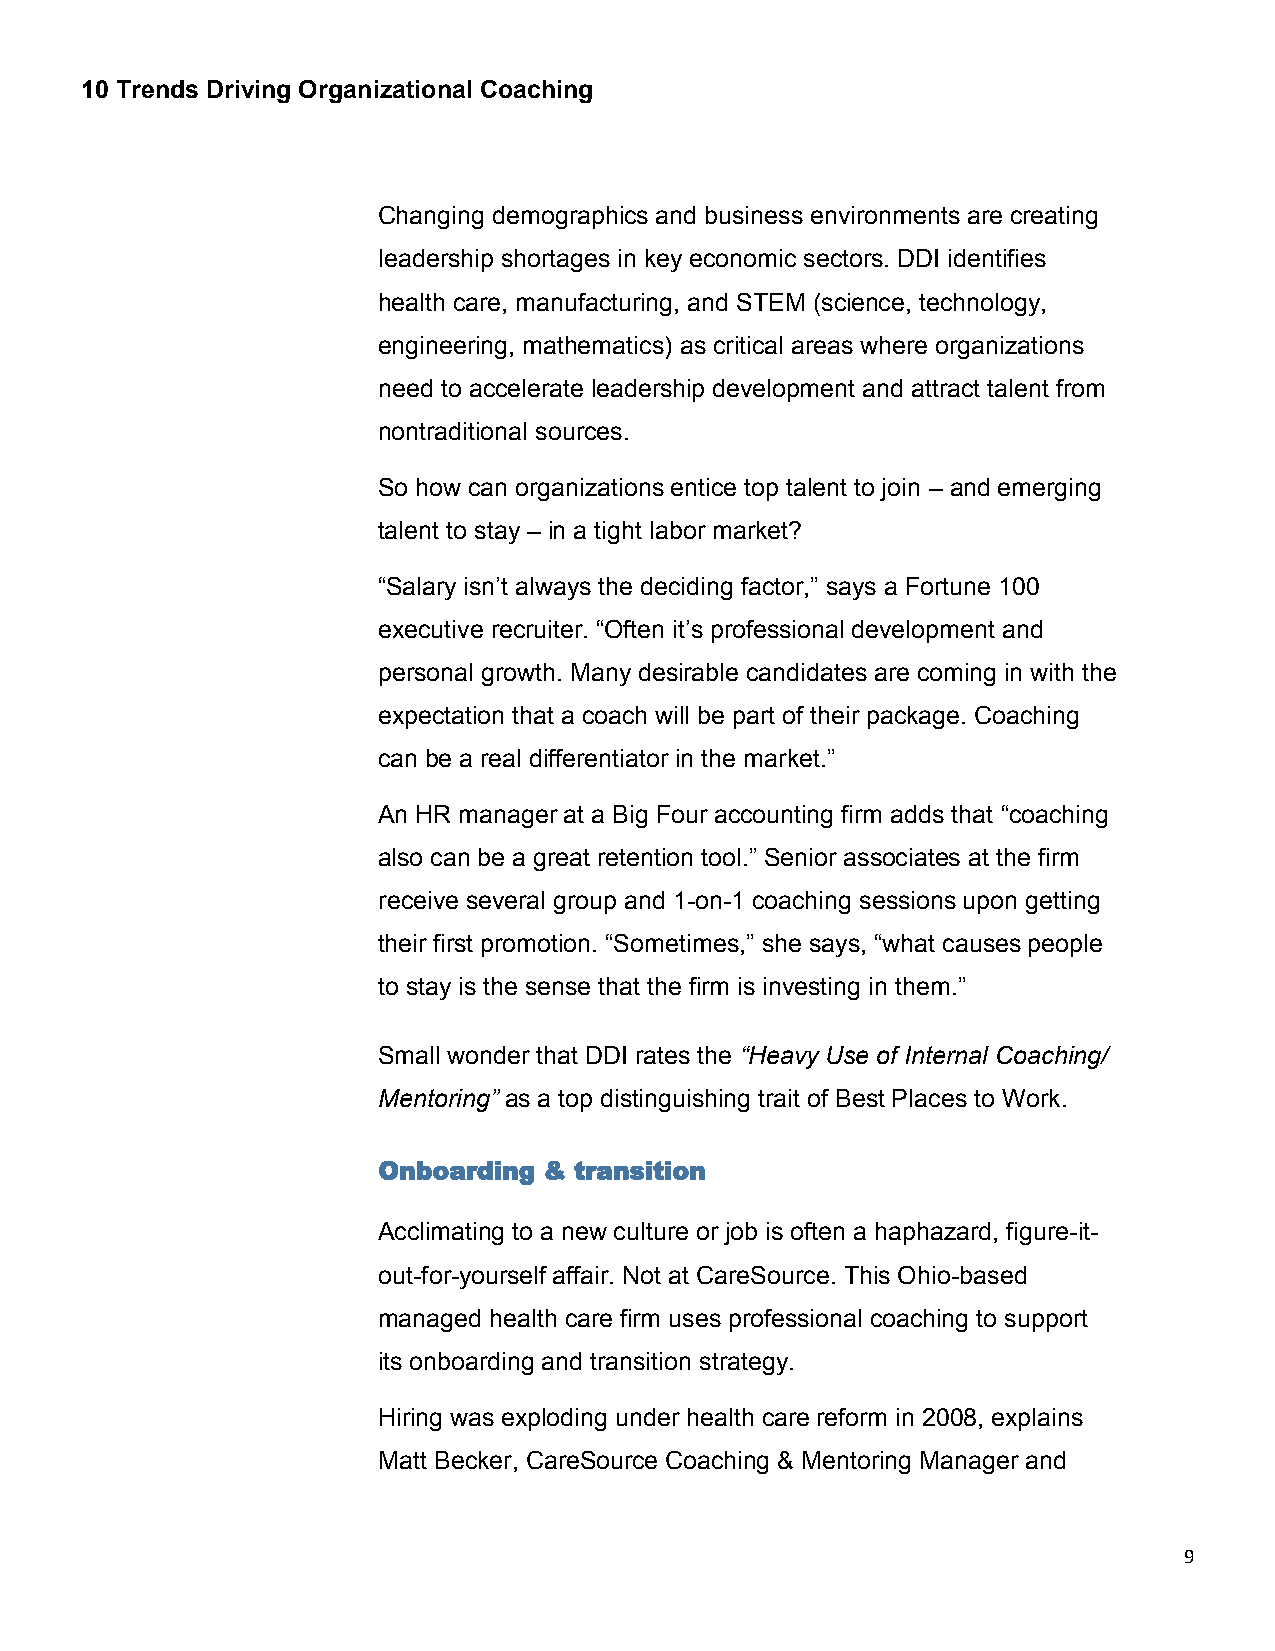
10 Trends Driving Organizational Coaching
 Changing demographics and business environments are creating
 leadership shortages in key economic sectors. DDI identifies
 health care, manufacturing, and STEM (science, technology,
 engineering, mathematics) as critical areas where organizations
 need to accelerate leadership development and attract talent from
 nontraditional sources.
 So how can organizations entice top talent to join – and emerging
 talent to stay – in a tight labor market?
 “Salary isn’t always the deciding factor,” says a Fortune 100
 executive recruiter. “Often it’s professional development and
 personal growth. Many desirable candidates are coming in with the
 expectation that a coach will be part of their package. Coaching
 can be a real differentiator in the market.”
 An HR manager at a Big Four accounting firm adds that “coaching
 also can be a great retention tool.” Senior associates at the firm
 receive several group and 1-on-1 coaching sessions upon getting
 their first promotion. “Sometimes,” she says, “what causes people
 to stay is the sense that the firm is investing in them.”
 Small wonder that DDI rates the “Heavy Use of Internal Coaching/
 Mentoring” as a top distinguishing trait of Best Places to Work.
 Onboarding & transition
 Acclimating to a new culture or job is often a haphazard, figure-it-
 out-for-yourself affair. Not at CareSource. This Ohio-based
 managed health care firm uses professional coaching to support
 its onboarding and transition strategy.
 Hiring was exploding under health care reform in 2008, explains
 Matt Becker, CareSource Coaching & Mentoring Manager and
 9